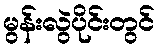
မွန်းလွဲပိုင်းတွင်